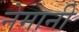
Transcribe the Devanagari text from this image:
नेमानी